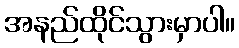
အနည်ထိုင်သွားမှာပါ။